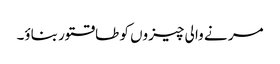
مر نے وا لی چیزوں کو طاقتور بناؤ۔